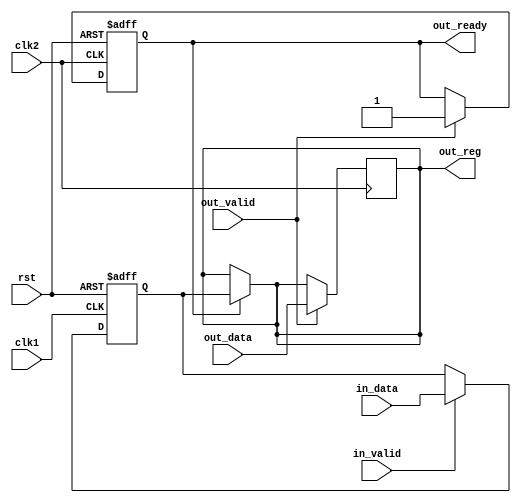
module DualPortBypassRegister (
    input wire clk1,
    input wire clk2,
    input wire rst,
    input wire [DATA_WIDTH-1:0] in_data,
    input wire in_valid,
    input wire [DATA_WIDTH-1:0] out_data,
    input wire out_valid,
    output reg [DATA_WIDTH-1:0] out_reg,
    output reg out_ready
);

parameter DATA_WIDTH = 8;

reg [DATA_WIDTH-1:0] in_reg;

always @(posedge clk1 or posedge rst) begin
    if (rst)
        in_reg <= {DATA_WIDTH{1'b0}};
    else if (in_valid)
        in_reg <= in_data;
end

always @(posedge clk2 or posedge rst) begin
    if (rst)
        out_ready <= 1'b0;
    else if (out_valid)
        out_ready <= 1'b1;
end

always @(posedge clk2) begin
    if (out_valid)
        out_reg <= out_data;
end

assign out_reg = (out_ready) ? in_reg : out_reg;

endmodule